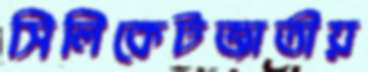
সিলিকেটজাতীয়